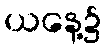
ယနေ့၌